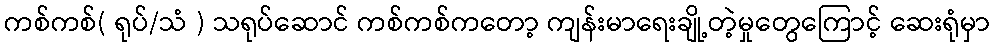
ကစ်ကစ်( ရုပ်/သံ ) သရုပ်ဆောင် ကစ်ကစ်ကတော့ ကျန်းမာရေးချို့တဲ့မှုတွေကြောင့် ဆေးရုံမှာ